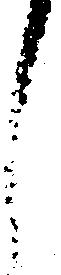
し